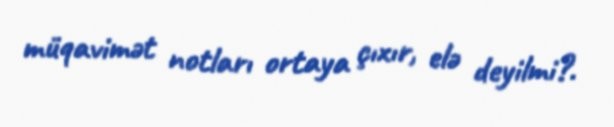
müqavimət notları ortaya çıxır, elə deyilmi?.